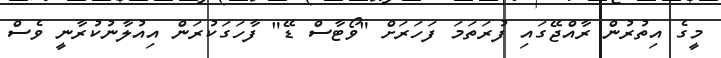
މީގެ އިތުރުން ރާއްޖޭގައި ފުރަތަމަ ފަހަރަށް "ވޯޓާސް ޑޭ" ފާހަގަކުރަން އިއުލާނުކުރާނީ ވެސް